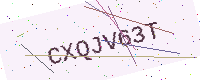
Text: CXQJV63T